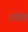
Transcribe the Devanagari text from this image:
रग्गेड